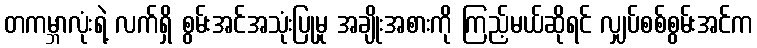
တကမ္ဘာလုံးရဲ့ လက်ရှိ စွမ်းအင်အသုံးပြုမှု အချိုးအစားကို ကြည့်မယ်ဆိုရင် လျှပ်စစ်စွမ်းအင်က